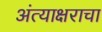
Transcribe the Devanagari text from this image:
अंत्याक्षराचा